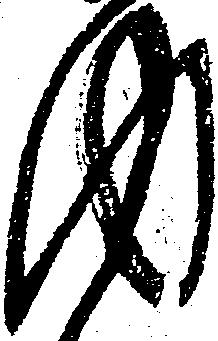
内